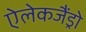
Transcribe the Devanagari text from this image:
ऐलेकजैंड्रो